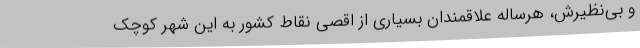
و بی‌نظیرش، هرساله علاقمندان بسیاری از اقصی نقاط کشور به این شهر کوچک